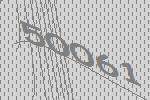
50061